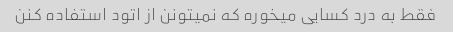
فقط به درد کسایی میخوره که نمیتونن از اتود استفاده کنن